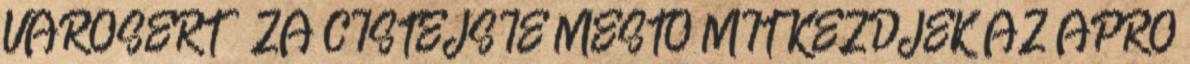
VÁROSÉRT ZA ČISTEJŠIE MESTO MIT KEZDJEK AZ APRÓ